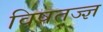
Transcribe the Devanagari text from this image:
विषतज्ज्ञ